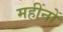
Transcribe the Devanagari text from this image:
महींनों